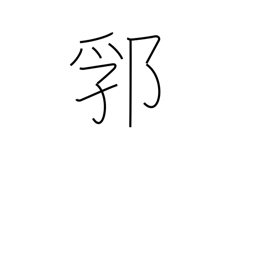
Meaning: earthwork enclosure around a castle